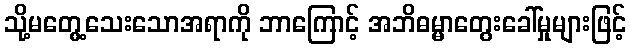
သို့မတွေ့သေးသောအရာကို ဘာကြောင့် အဘိဓမ္မာတွေးခေါ်မှုများဖြင့်